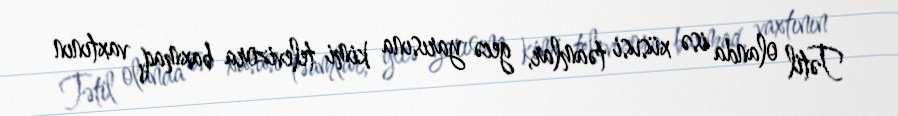
Tətil olanda isə xüsusi təamlar, gecə yarısına kimi televizora baxmaq, vaxtının